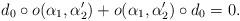
LaTeX: \begin{align*}d_0 \circ o(\alpha_1,\alpha'_2)+ o(\alpha_1,\alpha'_2) \circ d_0 = 0.\end{align*}